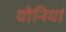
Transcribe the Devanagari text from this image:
योनियां